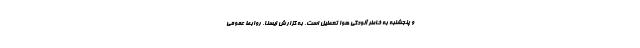
و پنجشنبه به خاطر آلودگی هوا تعطیل است. به گزارش ایسنا، روابط عمومی